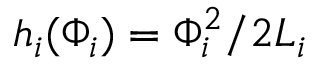
h _ { i } ( \Phi _ { i } ) = \Phi _ { i } ^ { 2 } / 2 L _ { i }